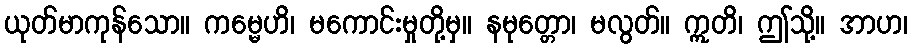
ယုတ်မာကုန်သော။ ကမ္မေဟိ၊ မကောင်းမှုတို့မှ။ နမုတ္တော၊ မလွတ်။ ဣတိ၊ ဤသို့။ အာဟ၊